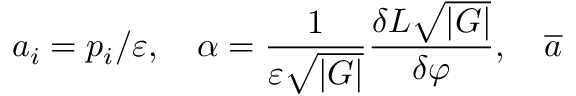
a _ { i } = p _ { i } / \varepsilon , \quad \alpha = \frac 1 { \varepsilon \sqrt { \left| G \right| } } \frac { \delta L \sqrt { \left| G \right| } } { \delta \varphi } , \quad \overline { { { a } } }